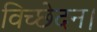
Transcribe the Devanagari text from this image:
विच्छेदन।